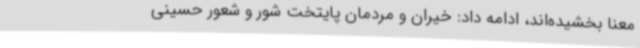
معنا بخشیده‌اند، ادامه داد: خیران و مردمان پایتخت شور و شعور حسینی